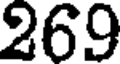
269